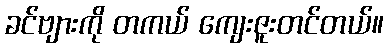
ခင်ဗျားကို တကယ် ကျေးဇူးတင်တယ်။